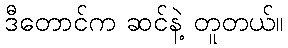
ဒီတောင်က ဆင်နဲ့ တူတယ်။